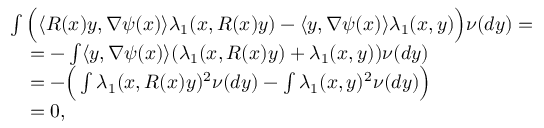
\begin{array} { r l } & { \int \Big ( \langle R ( x ) y , \nabla \psi ( x ) \rangle \lambda _ { 1 } ( x , R ( x ) y ) - \langle y , \nabla \psi ( x ) \rangle \lambda _ { 1 } ( x , y ) \Big ) \nu ( d y ) = } \\ & { \quad = - \int \langle y , \nabla \psi ( x ) \rangle ( \lambda _ { 1 } ( x , R ( x ) y ) + \lambda _ { 1 } ( x , y ) ) \nu ( d y ) } \\ & { \quad = - \Big ( \int \lambda _ { 1 } ( x , R ( x ) y ) ^ { 2 } \nu ( d y ) - \int \lambda _ { 1 } ( x , y ) ^ { 2 } \nu ( d y ) \Big ) } \\ & { \quad = 0 , } \end{array}